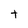
Character: t